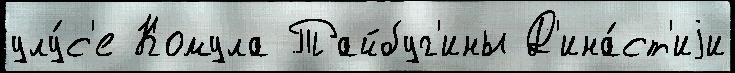
улу́с'е Комула Тайбуг'ины Д'ина́ст'иjи